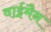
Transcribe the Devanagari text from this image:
वाईमैन